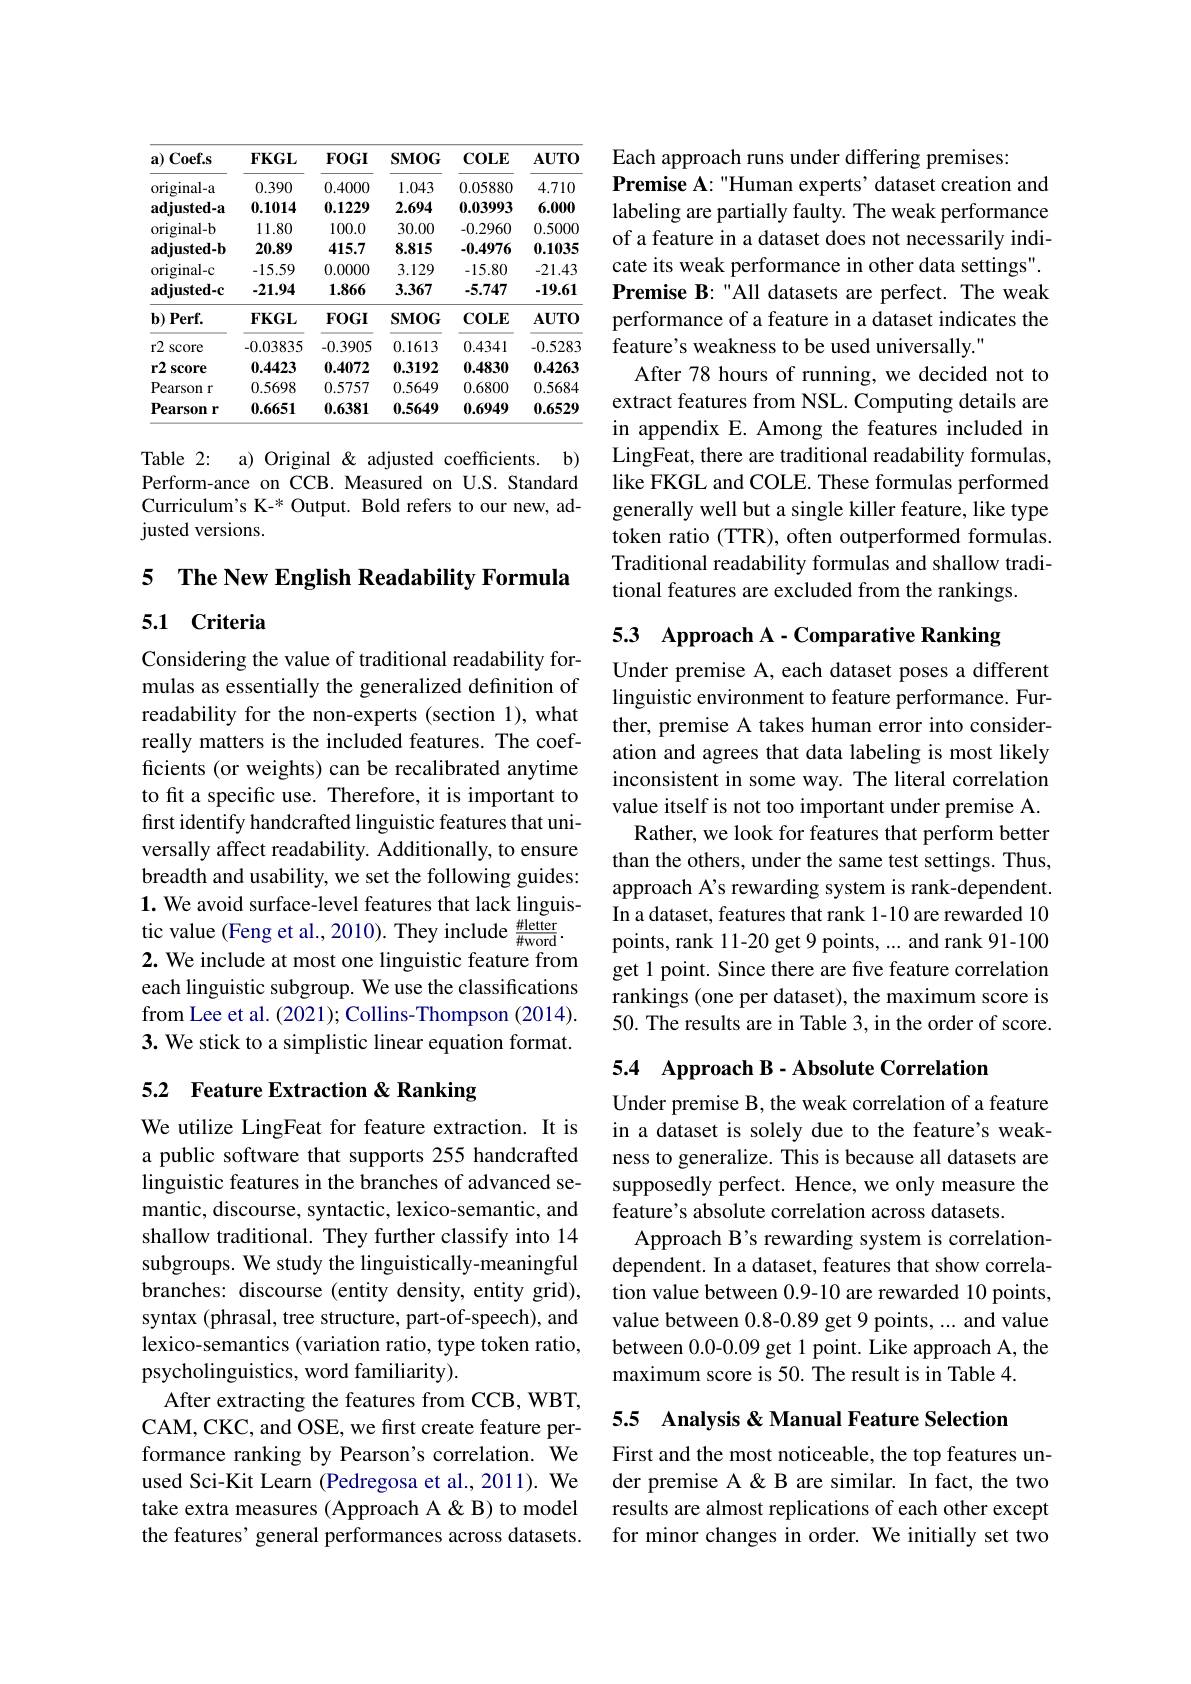
<table>
	<tbody>
		<tr>
			<th>$\mathbf{a})$ Coef.s</th>
			<th>$\mathbf{FKGL}$</th>
			<th>$FOGI$</th>
			<th>$\mathbf{SMOG}$</th>
			<th>$\mathbf{COLE}$</th>
			<th>$\mathbf{AUTO}$</th>
		</tr>
		<tr>
			<td>original-a</td>
			<td>0.390</td>
			<td>0.4000</td>
			<td>1.043</td>
			<td>0.05880</td>
			<td>4.710</td>
		</tr>
		<tr>
			<td>${\mathrm{adjusted-a}}$</td>
			<td>0.1014</td>
			<td>0.1229</td>
			<td>2.694</td>
			<td>0.03993</td>
			<td>6.000</td>
		</tr>
		<tr>
			<td>original-b</td>
			<td>11.80</td>
			<td>100.0</td>
			<td>30.00</td>
			<td>-0.2960</td>
			<td>0.5000</td>
		</tr>
		<tr>
			<td>${\mathrm{adjusted-b}}$</td>
			<td>20.89</td>
			<td>415.7</td>
			<td>8.815</td>
			<td>-0.4976</td>
			<td>0.1035</td>
		</tr>
		<tr>
			<td>original-c</td>
			<td>-15.59</td>
			<td>0.0000</td>
			<td>3.129</td>
			<td>-15.80</td>
			<td>-21.43</td>
		</tr>
		<tr>
			<td>adjusted-c</td>
			<td>-21.94</td>
			<td>1.866</td>
			<td>3.367</td>
			<td>-5.747</td>
			<td>-19.61</td>
		</tr>
		<tr>
			<td>$b)I$ $Perf.$</td>
			<td>$\mathbf{FKGL}$</td>
			<td>$\mathbf{FOGI}$</td>
			<td>$\mathbf{SMOG}$</td>
			<td>$\mathbf{COLE}$</td>
			<td>$\mathbf{AUTO}$</td>
		</tr>
		<tr>
			<td>r2 score</td>
			<td>-0.03835</td>
			<td>-0.3905</td>
			<td>0.1613</td>
			<td>0.4341</td>
			<td>-0.5283</td>
		</tr>
		<tr>
			<td>r2 score</td>
			<td>0.4423</td>
			<td>0.4072</td>
			<td>0.3192</td>
			<td>0.4830</td>
			<td>0.4263</td>
		</tr>
		<tr>
			<td>Pearson r</td>
			<td>0.5698</td>
			<td>0.5757</td>
			<td>0.5649</td>
			<td>0.6800</td>
			<td>0.5684</td>
		</tr>
		<tr>
			<td>Pearson $1\boldsymbol{r}$ 1</td>
			<td>0.6651</td>
			<td>0.6381</td>
			<td>0.5649</td>
			<td>0.6949</td>
			<td>0.6529</td>
		</tr>
	</tbody>
</table>

Table 2: a) Original & adjusted coefficients. b) Perform-ance on CCB. Measured on U.S. Standard Curriculum's K-* Output. Bold refers to our new, adjusted versions.

5 The New English Readability Formula
### 5.1 Criteria

Considering the value of traditional readability formulas as essentially the generalized definition of readability for the non-experts (section 1), what really matters is the included features. The coefficients (or weights) can be recalibrated anytime to fit a specific use. Therefore, it is important to first identify handcrafted linguistic features that universally affect readability. Additionally, to ensure breadth and usability, we set the following guides: $\mathbf{1.}$ We avoid surface-level features that lack linguistic value (Feng et al.,2010). They include $\frac{\#\mathrm{letter}}{\#\mathrm{word}}.$ 2. We include at most one linguistic feature from each linguistic subgroup. We use the classifications from Lee et al. (2021); Collins- Thompson (2014). 3. We stick to a simplistic linear equation format.

## 5.2 Feature Extraction &Ranking

We utilize LingFeat for feature extraction. It is a public software that supports 255 handcrafted linguistic features in the branches of advanced semantic, discourse, syntactic, lexico-semantic, and shallow traditional. They further classify into 14 subgroups. We study the linguistically-meaningful branches: discourse (entity density, entity grid), syntax (phrasal, tree structure, part-of-speech), and lexico-semantics (variation ratio, type token ratio, psycholinguistics, word familiarity).
After extracting the features from CCB, WBT, CAM, CKC, and OSE, we first create feature performance ranking by Pearson's correlation. We used Sci-Kit Learn (Pedregosa et al., 2011). We take extra measures (Approach A &B) to model the features' general performances across datasets.

Each approach runs under differing premises:
Premise A: "Human experts' dataset creation and labeling are partially faulty. The weak performance of a feature in a dataset does not necessarily indicate its weak performance in other data settings". Premise B: "All datasets are perfect. The weak performance of a feature in a dataset indicates the feature's weakness to be used universally."
After 78 hours of running, we decided not to extract features from NSL. Computing details are in appendix E. Among the features included in LingFeat, there are traditional readability formulas, like FKGL and COLE. These formulas performed generally well but a single killer feature, like type token ratio (TTR), often outperformed formulas. Traditional readability formulas and shallow traditional features are excluded from the rankings.

5.3 Approach A - Comparative Ranking

Under premise A, each dataset poses a different linguistic environment to feature performance. Further, premise A takes human error into consideration and agrees that data labeling is most likely inconsistent in some way. The literal correlation value itself is not too important under premise A. Rather, we look for features that perform better than the others, under the same test settings. Thus, approach A's rewarding system is rank-dependent. In a dataset, features that rank 1-10 are rewarded 10 points, rank 11-20 get 9 points, ... and rank 91-100 get 1 point. Since there are five feature correlation rankings (one per dataset), the maximum score is 50. The results are in Table 3, in the order of score.

5.4 Approach B- Absolute Correlation

Under premise B, the weak correlation of a feature in a dataset is solely due to the feature's weakness to generalize. This is because all datasets are supposedly perfect. Hence, we only measure the feature's absolute correlation across datasets.
Approach B's rewarding system is correlationdependent. In a dataset, features that show correlation value between 0.9-10 are rewarded 10 points, value between 0.8-0.89 get 9 points, ... and value between 0.0-0.09 get 1 point. Like approach A, the maximum score is 50. The result is in Table 4.

5.5 Analysis & Manual Feature Selection

First and the most noticeable, the top features under premise A & B are similar. In fact, the two results are almost replications of each other except for minor changes in order. We initially set two